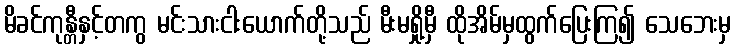
မိခင်ကုန္တီနှင့်တကွ မင်းသားငါးယောက်တို့သည် မီးမရှို့မှီ ထိုအိမ်မှထွက်ပြေးကြ၍ သေဘေးမှ